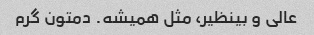
عالی و بینظیر، مثل همیشه. دمتون گرم